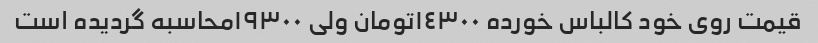
قیمت روی خود کالباس خورده ١٤٣٠٠تومان ولی ١٩٣٠٠محاسبه گردیده است